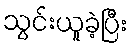
သွင်းယူခဲ့ပြီး